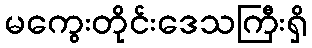
မကွေးတိုင်းဒေသကြီးရှိ